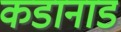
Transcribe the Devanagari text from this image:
कडानाड